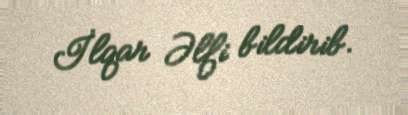
İlqar Əlfi bildirib.